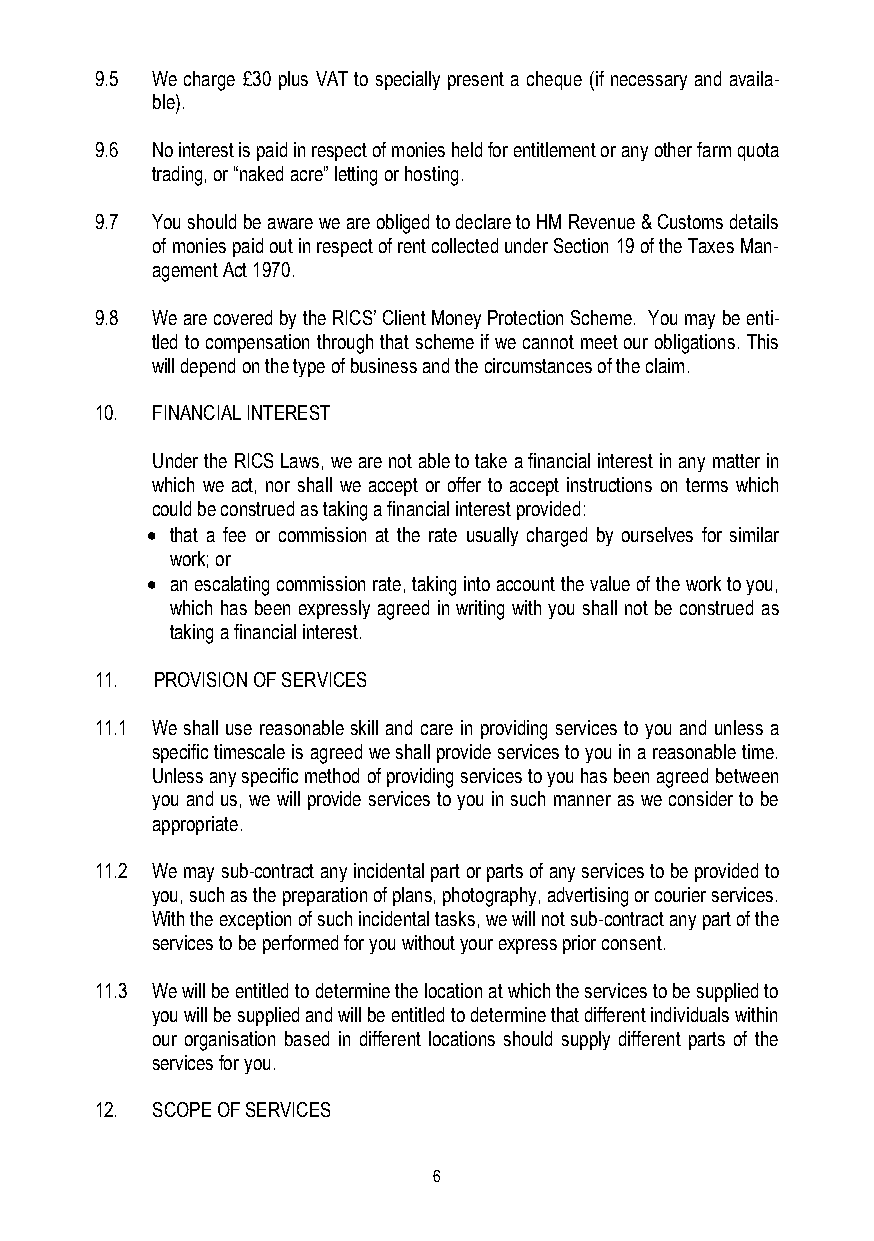
9.5 We charge £30 plus VAT to specially present a cheque (if necessary and availa-
 ble).
 9.6 No interest is paid in respect of monies held for entitlement or any other farm quota
 trading, or “naked acre” letting or hosting.
 9.7 You should be aware we are obliged to declare to HM Revenue & Customs details
 of monies paid out in respect of rent collected under Section 19 of the Taxes Man-
 agement Act 1970.
 9.8 We are covered by the RICS’ Client Money Protection Scheme. You may be enti-
 tled to compensation through that scheme if we cannot meet our obligations. This
 will depend on the type of business and the circumstances of the claim.
 10. FINANCIAL INTEREST
 Under the RICS Laws, we are not able to take a financial interest in any matter in
 which we act, nor shall we accept or offer to accept instructions on terms which
 could be construed as taking a financial interest provided:
  that a fee or commission at the rate usually charged by ourselves for similar
 work; or
  an escalating commission rate, taking into account the value of the work to you,
 which has been expressly agreed in writing with you shall not be construed as
 taking a financial interest.
 11. PROVISION OF SERVICES
 11.1 We shall use reasonable skill and care in providing services to you and unless a
 specific timescale is agreed we shall provide services to you in a reasonable time.
 Unless any specific method of providing services to you has been agreed between
 you and us, we will provide services to you in such manner as we consider to be
 appropriate.
 11.2 We may sub-contract any incidental part or parts of any services to be provided to
 you, such as the preparation of plans, photography, advertising or courier services.
 With the exception of such incidental tasks, we will not sub-contract any part of the
 services to be performed for you without your express prior consent.
 11.3 We will be entitled to determine the location at which the services to be supplied to
 you will be supplied and will be entitled to determine that different individuals within
 our organisation based in different locations should supply different parts of the
 services for you.
 12. SCOPE OF SERVICES
 6